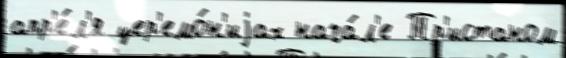
апр'е́л'я цер'емо́н'иjах нача́л'е Тр'истаном